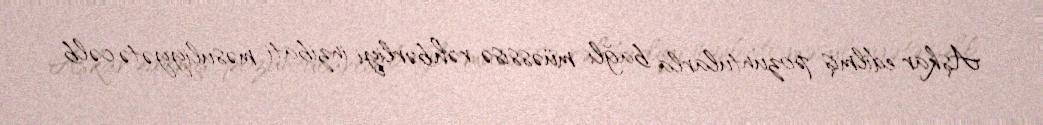
Aşkar edilmiş pozuntularla bağlı müəssisə rəhbərliyi inzibati məsuliyyətə cəlb